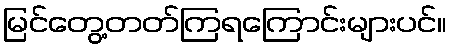
မြင်တွေ့တတ်ကြရကြောင်းများပင်။